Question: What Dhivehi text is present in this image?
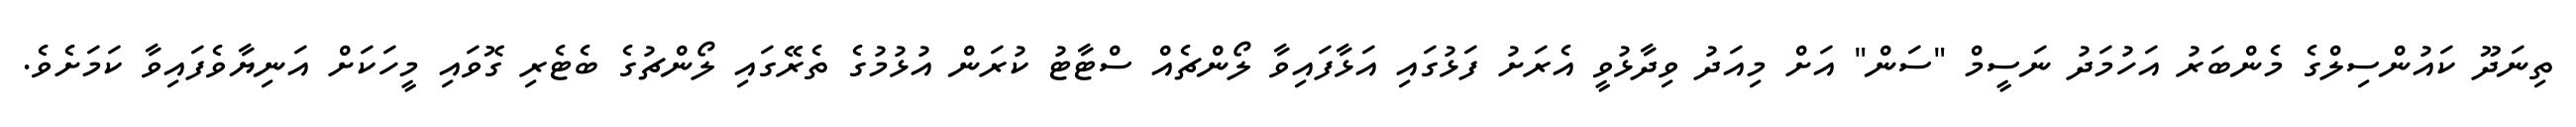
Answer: ތިނަދޫ ކައުންސިލްގެ މެންބަރު އަހުމަދު ނަސީމް "ސަން" އަށް މިއަދު ވިދާޅުވީ އެރަށު ފަޅުގައި އަޅާފައިވާ ލޯންޗެއް ސްޓާޓު ކުރަން އުޅުމުގެ ތެރޭގައި ލޯންޗުގެ ބެޓެރި ގޮވައި މީހަކަށް އަނިޔާވެފައިވާ ކަމަށެވެ.